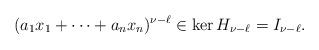
LaTeX: \begin{align*}(a_1x_1+\cdots+a_nx_n)^{\nu-\ell}\in \ker H_{\nu-\ell}=I_{\nu-\ell}.\end{align*}